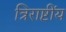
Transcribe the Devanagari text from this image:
त्रिराष्टींय